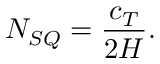
N _ { S Q } = \frac { c _ { T } } { 2 H } .